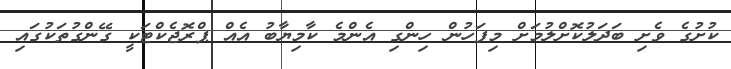
ކުށުގެ ވެށި ބަދަލުކޮށްލުމަށް މިފަހުން ހިންގި އެންމެ ކާމިޔާބު އެއް ޕްރޮޖެކްޓަކީ ގޭންގުތަކުގައި